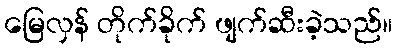
မြေလှန် တိုက်ခိုက် ဖျက်ဆီးခဲ့သည်။